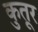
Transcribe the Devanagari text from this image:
कुतूर